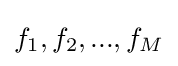
f_{1},f_{2},...,f_{M}